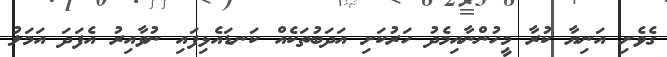
ގެވެށި އަނިޔާ ކުރާ މީހުންނާއިމެދު ހަރުކަށި އަދަބުތަކެއް ކަނޑައެޅިފައި ނުވާއިރު އެފަދަ އަމަލު